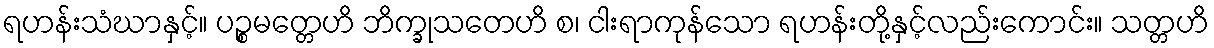
ရဟန်းသံဃာနှင့်။ ပဉ္စမတ္တေဟိ ဘိက္ခုသတေဟိ စ၊ ငါးရာကုန်သော ရဟန်းတို့နှင့်လည်းကောင်း။ သတ္တဟိ